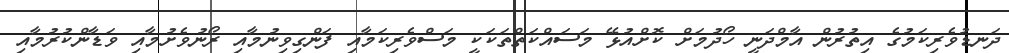
ދަނޑުވެރިކަމުގެ އިތުރުން އާމްދަނީ ހޯދުމަށް ކޮށްއުޅޭ މަސައްކަތްތަކަކީ މަސްވެރިކަމާއި ފަންގިވިނުމާއި ރޯނުވެށުމާއި ވަޑާންކުރުމާއި